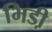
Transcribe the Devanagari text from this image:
भिडी़